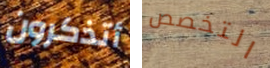
أتذكرون التخصص